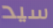
سيد